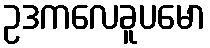
ဥဒကလေခူပမော